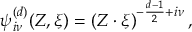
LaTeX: { \psi } _ { i \nu } ^ { ( d ) } ( Z , \xi ) = \left( { Z \cdot { \xi } } \right) ^ { - \frac { d - 1 } { 2 } + i \nu } ,